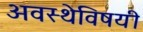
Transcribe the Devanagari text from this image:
अवस्थेविषयी